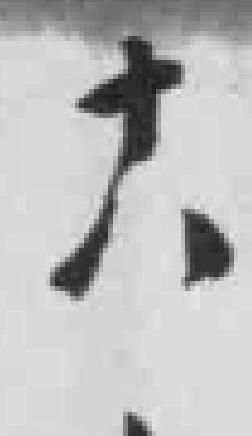
十八